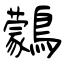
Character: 鸏